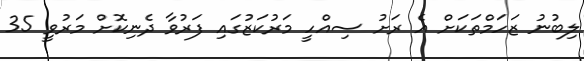
ލިބުނު ޒަހަމްތަކަށް އެ ރަށު ސިއްހީ މަރުކަޒުގައި ފަރުވާ ދެނިކޮށް މަރުވީ 35